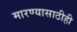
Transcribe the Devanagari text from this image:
मारण्यासाठीही